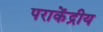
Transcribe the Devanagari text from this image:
पराकेंद्रीय